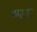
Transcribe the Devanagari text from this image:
भगवतीं